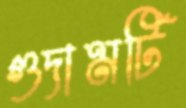
গুদামটি